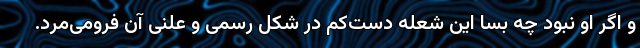
و اگر او نبود چه بسا این شعله دست‌کم در شکل رسمی و علنی آن فرومی‌مُرد.